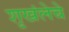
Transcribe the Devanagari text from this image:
शृखंलेचे